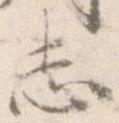
志